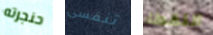
حنجرته تنفسى اللقطاء